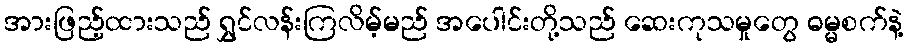
အားဖြည့်ထားသည် ရွှင်လန်းကြလိမ့်မည် အပေါင်းတို့သည် ဆေးကုသမှုတွေ ဓမ္မစက်နဲ့